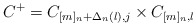
\begin{align*}C^+ =C_{[m]_n +\Delta_n (l), j}\times C_{[m]_n, l}\end{align*}